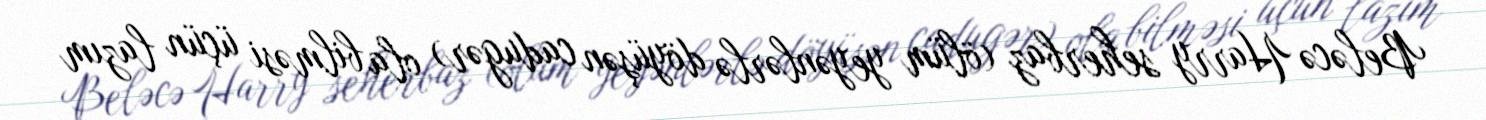
Beləcə Harry seherbaz (ölüm yeyənlərlə döyüşən cadugər) ola bilməsi üçün lazım